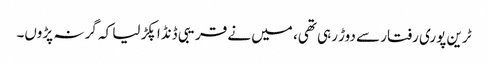
ٹرین پوری رفتار سے دوڑ رہی تھی، میں نے قریبی ڈنڈا پکڑ لیا کہ گر نہ پڑوں۔